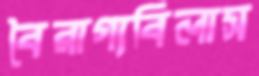
বৈরাগ্যবিলাস